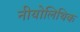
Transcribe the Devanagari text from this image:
नीयोलिथिक